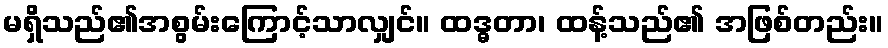
မရှိသည်၏အစွမ်းကြောင့်သာလျှင်။ ထဒ္ဓတာ၊ ထန့်သည်၏ အဖြစ်တည်း။